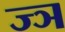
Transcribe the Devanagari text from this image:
ज्‍ञ